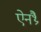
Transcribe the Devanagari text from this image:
ऐनथ्रै